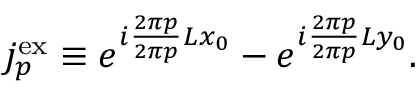
j _ { p } ^ { \mathrm { e x } } \equiv e ^ { i \frac { 2 \pi p } { 2 \pi p } { L } x _ { 0 } } - e ^ { i \frac { 2 \pi p } { 2 \pi p } { L } y _ { 0 } } .